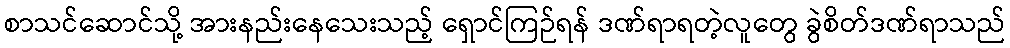
စာသင်ဆောင်သို့ အားနည်းနေသေးသည့် ရှောင်ကြဉ်ရန် ဒဏ်ရာရတဲ့လူတွေ ခွဲစိတ်ဒဏ်ရာသည်